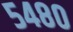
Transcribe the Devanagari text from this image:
५४८०